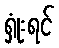
ရှုံးရင်